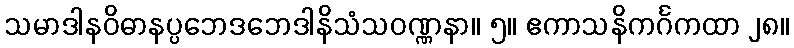
သမာဒါနဝိဓာနပ္ပဘေဒဘေဒါနိသံသဝဏ္ဏနာ။ ၅။ ဧကာသနိကင်္ဂကထာ ၂၈။